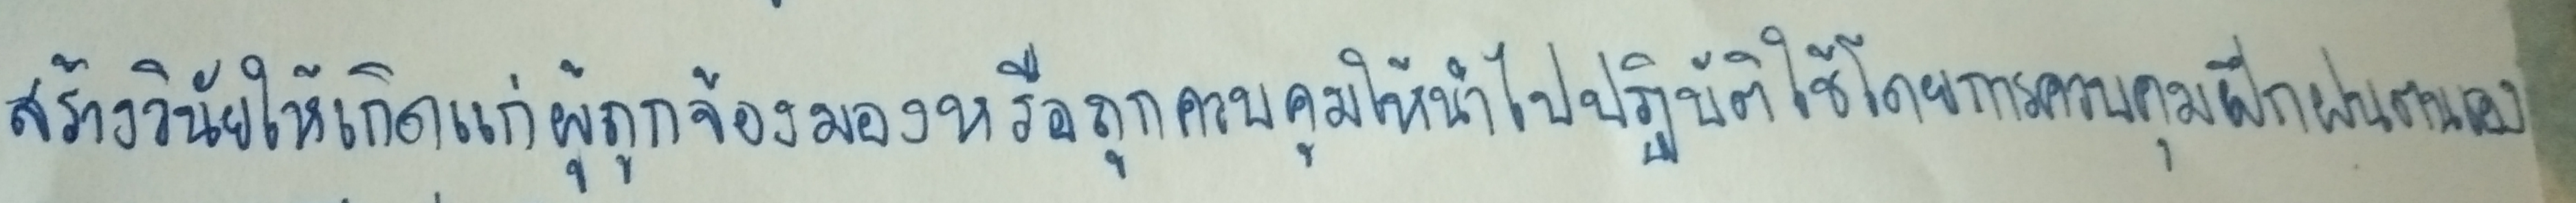
สร้างวินัยให้เกิดแก่ผู้ถูกจ้องมองหรือถูกควบคุมให้นำไปปฏิบัติใช้โดยการควบคุมฝึกฝนตนเอง